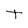
Character: t